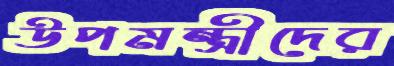
উপমন্ত্রীদের